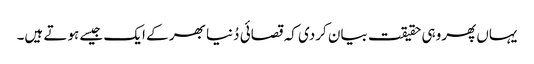
یہاں پھروہی حقیقت بیان کردی کہ قصائی دُنیا بھر کے ایک جیسے ہوتے ہیں۔